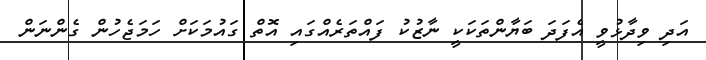
އަދި ވިދާޅުވީ އެފަދަ ބަޔާންތަކަކީ ނާޒުކު ފައްތަރެއްގައި އޮތް ގައުމަކަށް ހަމަޖެހުން ގެންނަން